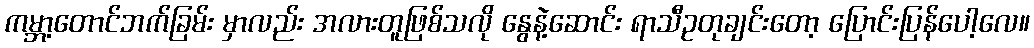
ကမ္ဘာ့တောင်ဘက်ခြမ်း မှာလည်း အလားတူဖြစ်သလို နွေနဲ့ဆောင်း ရာသီဥတုချင်းတော့ ပြောင်းပြန်ပေါ့လေ။